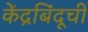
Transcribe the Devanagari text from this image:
केंद्रबिंदूची